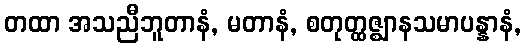
တထာ အသညီဘူတာနံ, မတာနံ, စတုတ္ထဇ္ဈာနသမာပန္နာနံ,